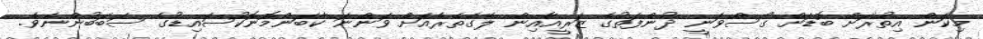
މިކަން އިތުރަށް ބޮޑަށް ގޯސްވަނީ ދުންފަތުގެ ޒަރީއާއިން ލޭގެތެރެއަށް ވަންނަ ކާބަންމޮނޮކުސައިޑުގެ ސަބަބުންނެވެ.